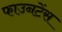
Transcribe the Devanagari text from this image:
फाउनटेंस